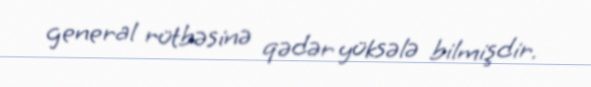
general rütbəsinə qədər yüksələ bilmişdir.